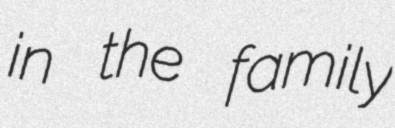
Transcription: in the family